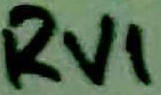
Text: RV1